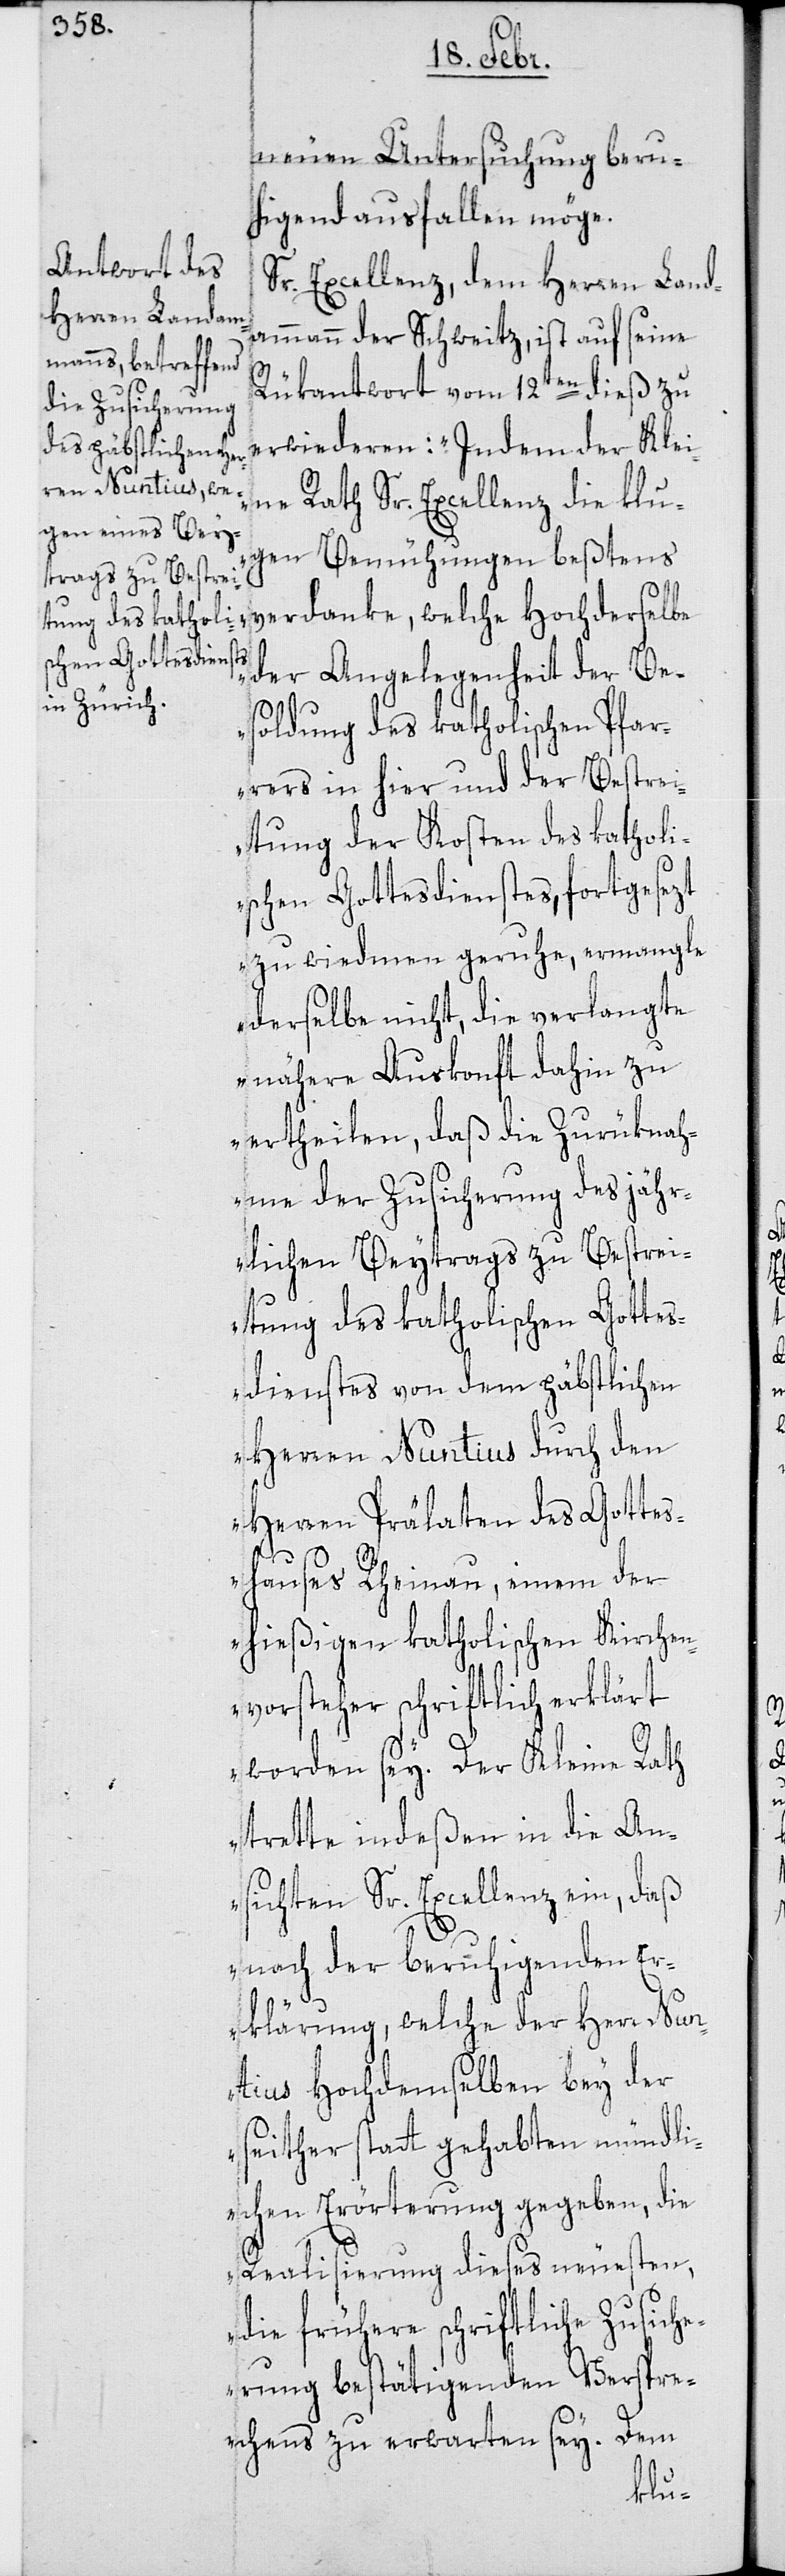
neuen Untersuchung beru¬
higend ausfallen möge.
Sr. Excellenz dem Herren Land¬
ammann der Schweitz, ist auf seine
Rükantwort vom 12ten dieß zu
erwiederen: „Indem der Klei¬
ne Rath Sr. Excellenz die klu¬
gen Bemühungen beßtens
verdanke, welche Hochderselbe
der Angelegenheit der Be¬
soldung des katholischen Pfar¬
rers in hier und der Bestre¬
itung der Kosten des katholi¬
schen Gottesdienstes, fortgesezt
zu wiedmen geruhe, ermangle
derselbe nicht, die verlangte
nähere Auskonft dahin zu
ertheilen, daß die Zurüknah¬
me der Zusicherung des jähr¬
lichen Beytrags zu Bestrei¬
tung des katholischen Gottes¬
dienstes von dem päbstlichen
Herren Nuntius durch den
Herren Prälaten des Gottes¬
hauses Rheinau, einem der
hießigen katholischen Kirchen¬
vorsteher schriftlich erklärt
worden sey. Der Kleine Rath
trette indeßen in die An¬
sichten Sr. Excellenz ein, daß
nach der beruhigenden Er¬
klärung, welche der Herr Nun¬
tius Hochdemselben bey der
seither stattgehabten mündli¬
chen Erörterung gegeben, die
Realisierung dieses neuesten,
die frühere schriftliche Zusiche¬
rung bestätigenden Verspre¬
chens zu erwarten sey. Dem